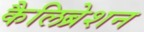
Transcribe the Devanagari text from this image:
कैलिब्रेशन